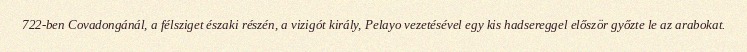
722-ben Covadongánál, a félsziget északi részén, a vizigót király, Pelayo vezetésével egy kis hadsereggel először győzte le az arabokat.